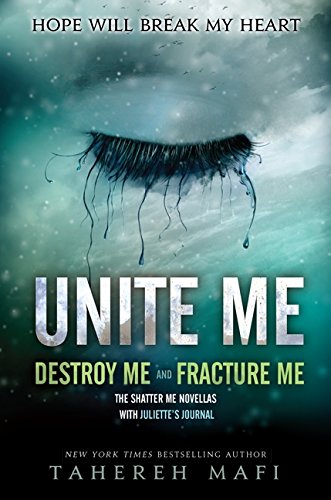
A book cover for Unite Me (Shatter Me); Tahereh Mafi; Teen & Young Adult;